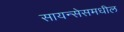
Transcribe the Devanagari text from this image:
सायन्सेसमधील